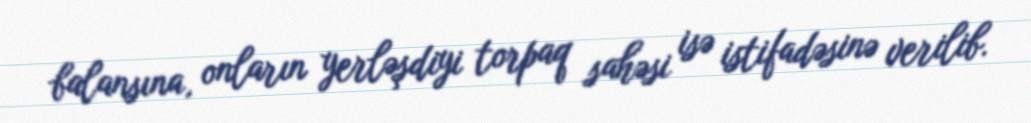
balansına, onların yerləşdiyi torpaq sahəsi isə istifadəsinə verilib.